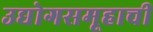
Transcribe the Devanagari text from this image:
उद्योगसमूहाचीं